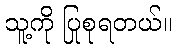
သူ့ကို ပြုစုရတယ်။